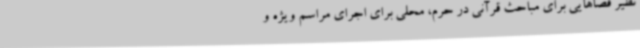
نظیر فضاهایی برای مباحث قرآنی در حرم، محلی برای اجرای مراسم ویژه و